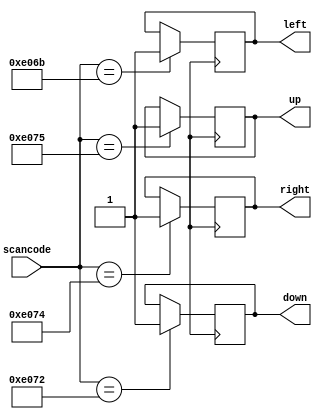
module top_module (
    input [15:0] scancode,
    output reg left,
    output reg down,
    output reg right,
    output reg up  ); 

    // Insert your code here

    always @(posedge clk) begin
        case (scancode[15:0])
            16'he06b: left <= 1'b1;
            16'he072: down <= 1'b1;
            16'he074: right <= 1'b1;
            16'he075: up <= 1'b1;
            default: ;
        endcase
    end

endmodule